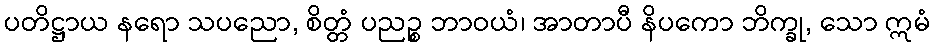
ပတိဋ္ဌာယ နရော သပညော, စိတ္တံ ပညဉ္စ ဘာဝယံ၊ အာတာပီ နိပကော ဘိက္ခု, သော ဣမံ